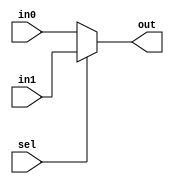
`timescale 1ns / 1ps
//////////////////////////////////////////////////////////////////////////////////
// Company: 
// Engineer: 
// 
// Design Name: 
// Module Name: mux2_1
// Project Name: 
// Target Devices: 
// Tool Versions: 
// Description: 
// 
// Dependencies: 
// 
// Revision:
// Revision 0.01 - File Created
// Additional Comments:
// 
//////////////////////////////////////////////////////////////////////////////////


module mux2_1(in0,in1,sel,out);
input [31:0]in0,in1;
output [31:0] out;
input sel;
assign out = (~sel)? in0:in1;
endmodule